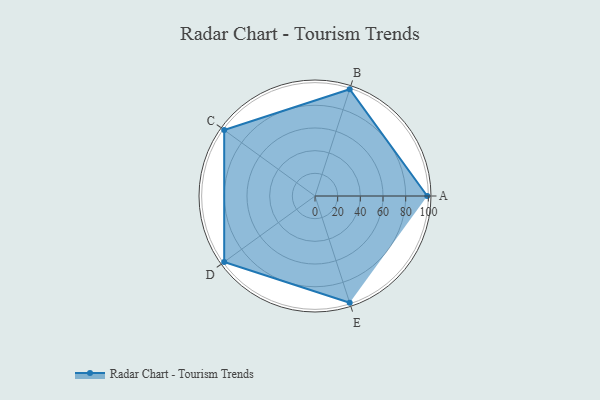
{"axis": {"x": "Skill", "y": "Score"}, "legend": ["Profile"], "data": [{"x": "A", "y": 99, "type": "Profile"}, {"x": "B", "y": 99, "type": "Profile"}, {"x": "C", "y": 99, "type": "Profile"}, {"x": "D", "y": 99, "type": "Profile"}, {"x": "E", "y": 99, "type": "Profile"}]}